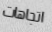
اتجاهات